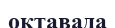
октавада